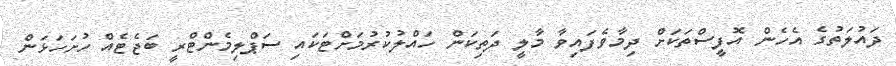
ދައުލަތުގެ އެހެން އޮފީސްތަކަށް ދިމާވެފައިވާ މާލީ ދަތިކަން ހައްލުކުރުމަށްޓަކައި ސަޕްލިމެންޓްރީ ބަޖެޓެއް ހުށަހަޅަން